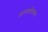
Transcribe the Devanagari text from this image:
आत्मचरित्रांच्या